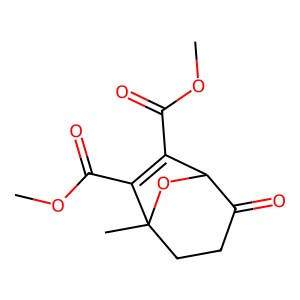
SMILES: COC(=O)C1=C(C(=O)OC)C2(C)CCC(=O)C1O2
Inhibits HIV replication: No